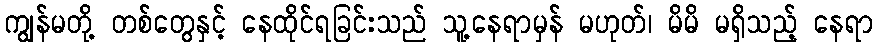
ကျွန်မတို့ တစ်တွေနှင့် နေထိုင်ရခြင်းသည် သူ့နေရာမှန် မဟုတ်၊ မိမိ မရှိသည့် နေရာ